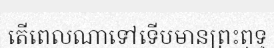
តើពេលណាទៅទើបមានព្រះពុទ្ធ